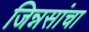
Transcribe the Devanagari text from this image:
जिन्नसांचा